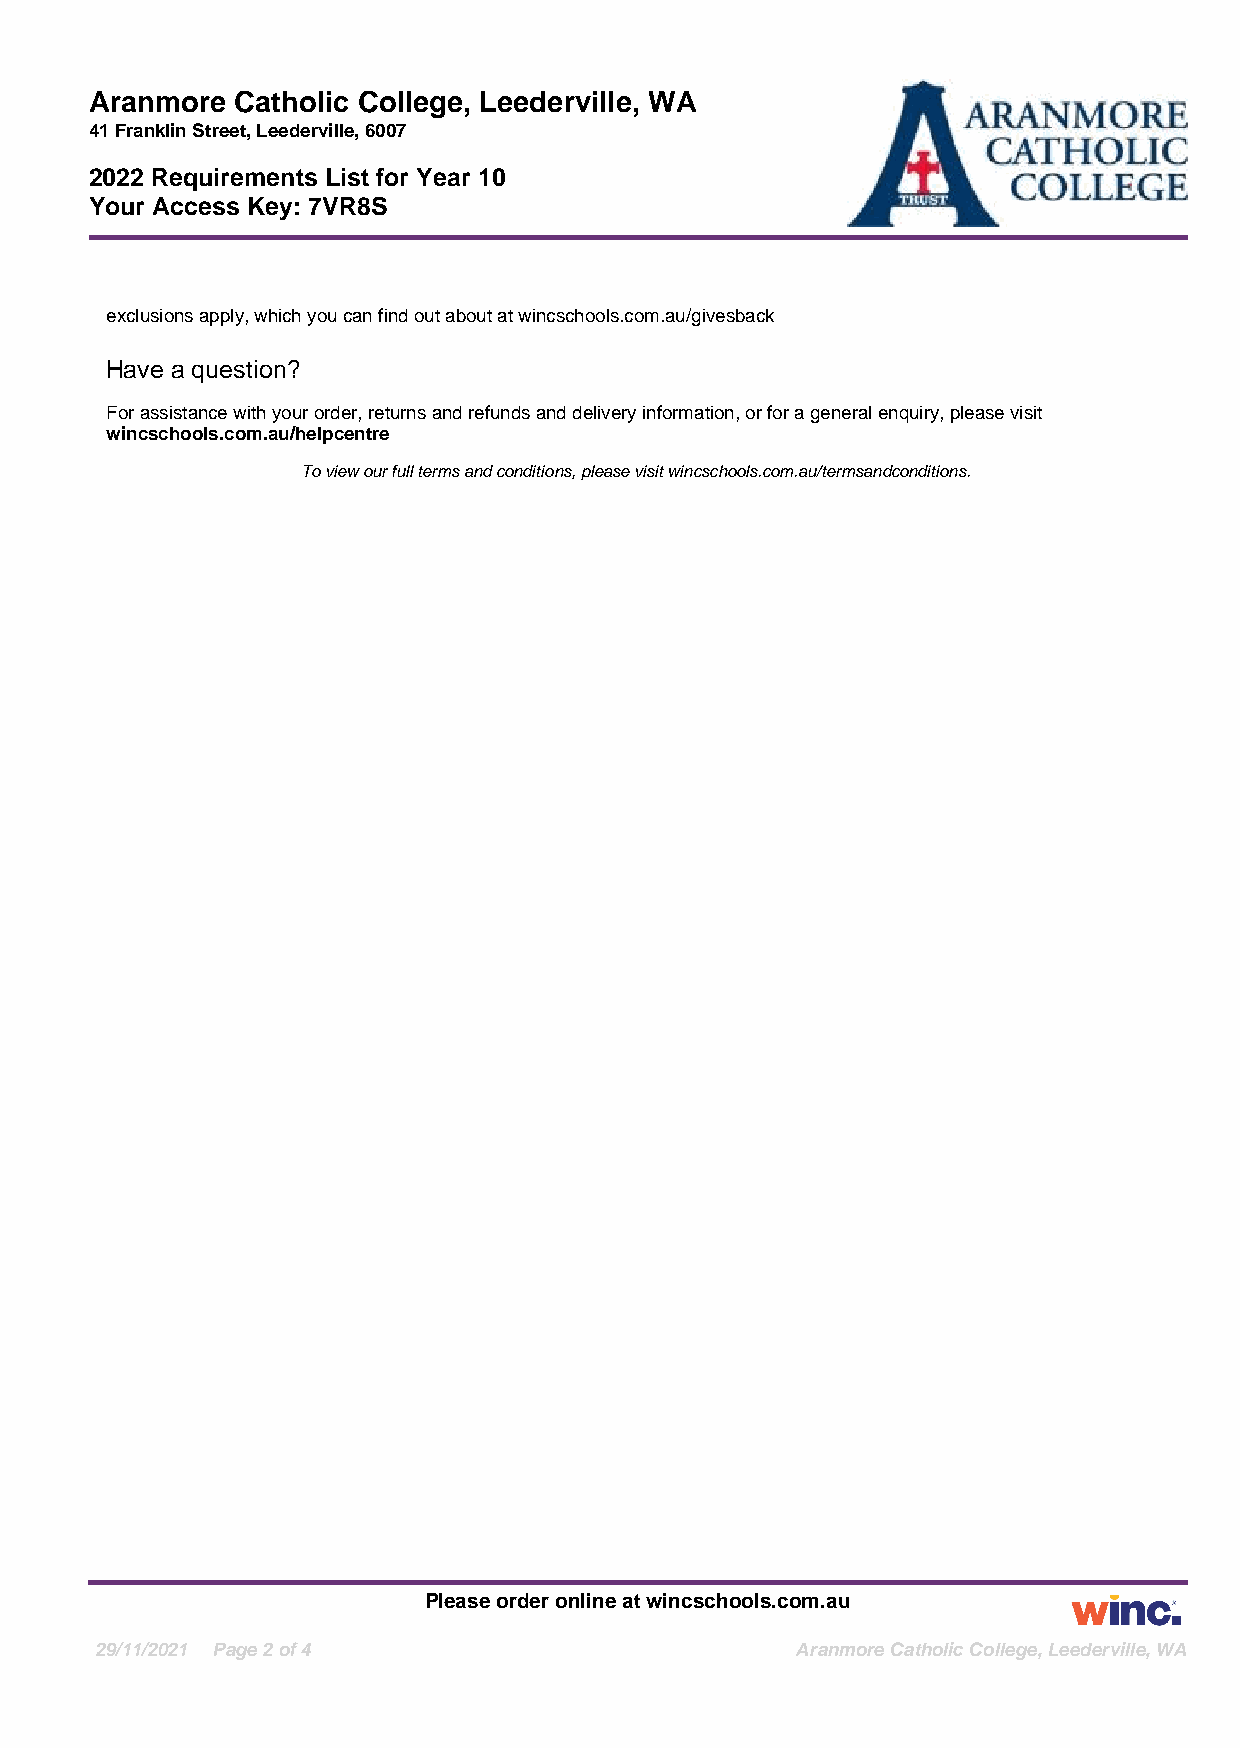
Aranmore  Catholic College, Leederville, WA
 41FranklinStreet,Leederville,6007
 2022 Requirements List for Year 10
 Your Access Key: 7VR8S
 exclusionsapply,whichyoucanfindoutaboutatwincschools.com.au/givesback
 Have a question?
 Forassistancewithyourorder,returnsandrefundsanddeliveryinformation,orforageneralenquiry,pleasevisit
 wincschools.com.au/helpcentre
 Toviewourfulltermsandconditions,pleasevisitwincschools.com.au/termsandconditions.
 Pleaseorderonlineatwincschools.com.au
 29/11/2021 Page2of4                            AranmoreCatholicCollege,Leederville,WA